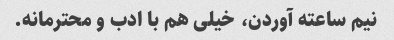
نیم ساعته آوردن، خیلی هم با ادب و محترمانه.